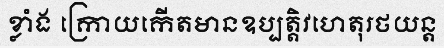
ខ្លាំង ក្រោយកើតមានឧប្បត្តិវហេតុរថយន្ត